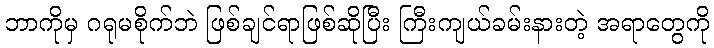
ဘာကိုမှ ဂရုမစိုက်ဘဲ ဖြစ်ချင်ရာဖြစ်ဆိုပြီး ကြီးကျယ်ခမ်းနားတဲ့ အရာတွေကို